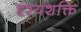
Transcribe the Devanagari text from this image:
दृश्यशक्ति